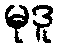
မုဒူ